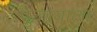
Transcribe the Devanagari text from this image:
पुजायाला